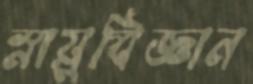
স্নায়ুবিজ্ঞান